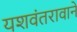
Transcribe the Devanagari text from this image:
यशवंतरावाने